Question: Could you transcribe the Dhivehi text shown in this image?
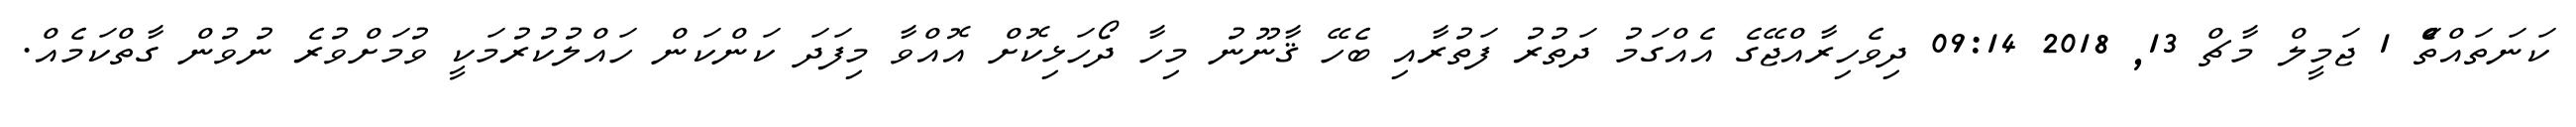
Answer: ކަނަތައްތަެް 1 ޖަމީލް މާޗް 13, 2018 09:14 ދިވެހިރާއްޖޭގެ އެއްގަމު ދަތުރު ފަތުރާއި ބެހޭ ޤާނޫނު މިހާ ދޯހަޅިކޮށް އޮއްވާ މިފަދަ ކަންކަން ހައްލުކުރުމަކީ ވުމަށްވުރެ ނުވުން ގާތްކަމެއް.